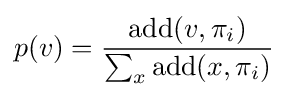
p(v)={\frac {\operatorname {add} (v,\pi _{i})}{\sum _{x}{\operatorname {add} (x,\pi _{i})}}}